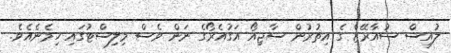
ލުއިސް ސުއާރޭޒް ގެ އިތުރުން ސާޖިއޯ އަގުއެރޯގެ ނަން ވެސް މިލިސްޓުގައި ހިމެނެއެވެ.